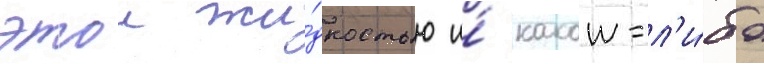
этои жи́дкостью и́ какои-л'и́бо